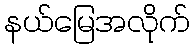
နယ်မြေအလိုက်